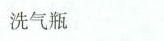
洗气瓶